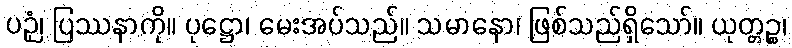
ပဉှံ၊ ပြဿနာကို။ ပုဋ္ဌော၊ မေးအပ်သည်။ သမာနော၊ ဖြစ်သည်ရှိသော်။ ယုတ္တဉ္စ၊